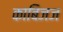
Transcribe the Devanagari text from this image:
काबिजज